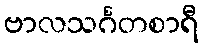
ဗာလသင်္ဂတစာရီ